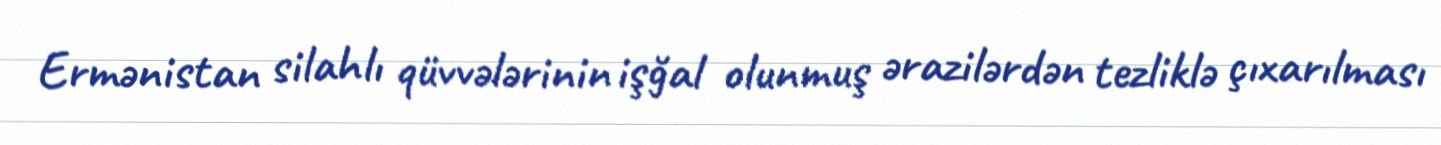
Ermənistan silahlı qüvvələrinin işğal olunmuş ərazilərdən tezliklə çıxarılması